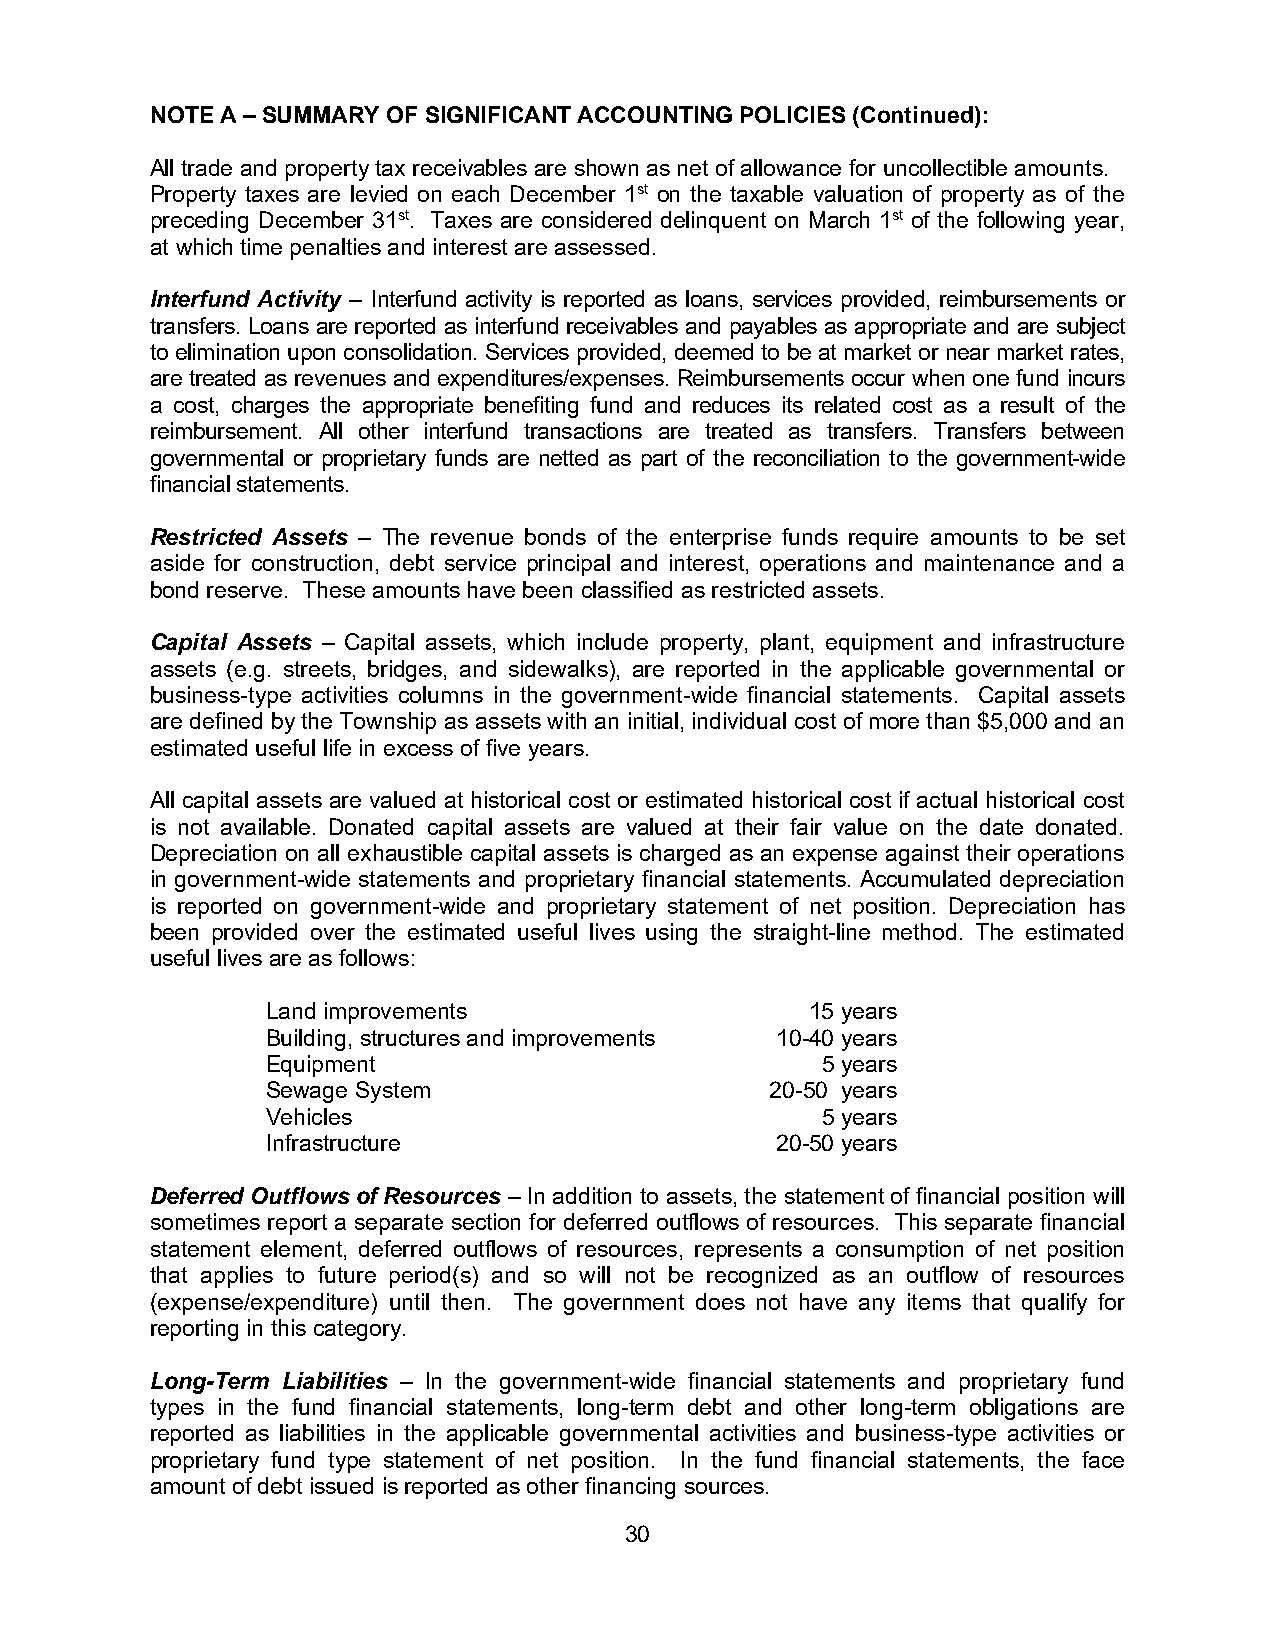
NOTE A – SUMMARY OF SIGNIFICANT ACCOUNTING POLICIES (Continued):
 All trade and property tax receivables are shown as net of allowance for uncollectible amounts.
 Property taxes are levied on each December 1st on the taxable valuation of property as of the
 preceding December 31st. Taxes are considered delinquent on March 1st of the following year,
 at which time penalties and interest are assessed.
 Interfund Activity – Interfund activity is reported as loans, services provided, reimbursements or
 transfers. Loans are reported as interfund receivables and payables as appropriate and are subject
 to elimination upon consolidation. Services provided, deemed to be at market or near market rates,
 are treated as revenues and expenditures/expenses. Reimbursements occur when one fund incurs
 a cost, charges the appropriate benefiting fund and reduces its related cost as a result of the
 reimbursement. All other interfund transactions are treated as transfers. Transfers between
 governmental or proprietary funds are netted as part of the reconciliation to the government-wide
 financial statements.
 Restricted Assets – The revenue bonds of the enterprise funds require amounts to be set
 aside for construction, debt service principal and interest, operations and maintenance and a
 bond reserve. These amounts have been classified as restricted assets.
 Capital Assets – Capital assets, which include property, plant, equipment and infrastructure
 assets (e.g. streets, bridges, and sidewalks), are reported in the applicable governmental or
 business-type activities columns in the government-wide financial statements. Capital assets
 are defined by the Township as assets with an initial, individual cost of more than $5,000 and an
 estimated useful life in excess of five years.
 All capital assets are valued at historical cost or estimated historical cost if actual historical cost
 is not available. Donated capital assets are valued at their fair value on the date donated.
 Depreciation on all exhaustible capital assets is charged as an expense against their operations
 in government-wide statements and proprietary financial statements. Accumulated depreciation
 is reported on government-wide and proprietary statement of net position. Depreciation has
 been provided over the estimated useful lives using the straight-line method. The estimated
 useful lives are as follows:
 Land improvements                   15 years
 Building, structures and improvements 10-40 years
 Equipment                           5 years
 Sewage System                    20-50 years
 Vehicles                            5 years
 Infrastructure                   20-50 years
 Deferred Outflows of Resources – In addition to assets, the statement of financial position will
 sometimes report a separate section for deferred outflows of resources. This separate financial
 statement element, deferred outflows of resources, represents a consumption of net position
 that applies to future period(s) and so will not be recognized as an outflow of resources
 (expense/expenditure) until then. The government does not have any items that qualify for
 reporting in this category.
 Long-Term Liabilities – In the government-wide financial statements and proprietary fund
 types in the fund financial statements, long-term debt and other long-term obligations are
 reported as liabilities in the applicable governmental activities and business-type activities or
 proprietary fund type statement of net position. In the fund financial statements, the face
 amount of debt issued is reported as other financing sources.
 30